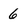
Character: 6